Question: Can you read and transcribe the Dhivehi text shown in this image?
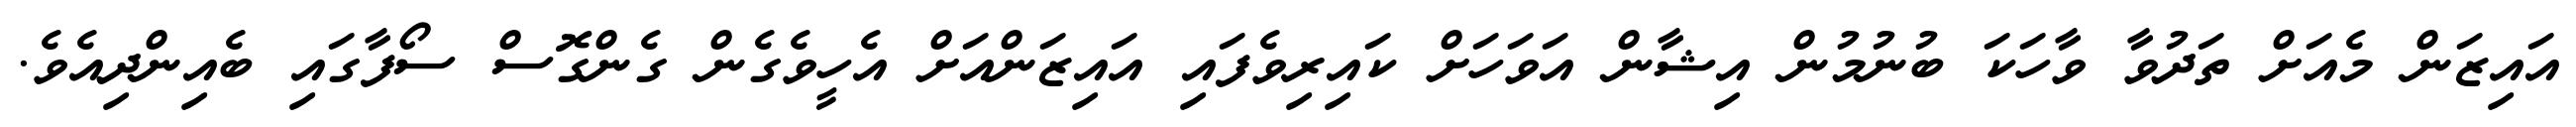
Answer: އައިޒަން މެއަށް ތަދުވާ ވާހަކަ ބުނުމުން އިޝާން އަވަހަށް ކައިރިވެފައި އައިޒަންއަށް އެހީވެގެން ގެންގޮސް ސޯފާގައި ބެއިންދިއެވެ.